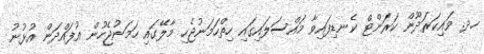
ހދ. ވައިކަރަދޫން ކަރަންޓް ކެނޑިފައިވާ މައްސަލައިގައި ހިތްހަމަނުޖެހި މާލޭގައި ހަމަނުޖެހުން އުފައްދަން އުޅުނު